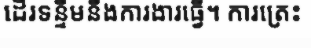
ដើរទន្ទឹមនឹងការងារធ្វើ។ ការត្រេះ